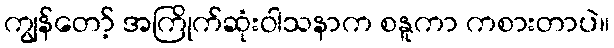
ကျွန်တော့် အကြိုက်ဆုံးဝါသနာက စနူကာ ကစားတာပဲ။